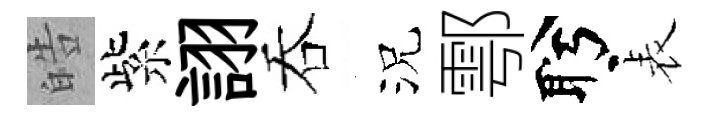
皓紫詡吞況鄠盻表